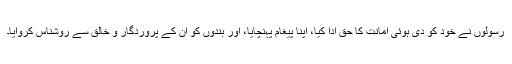
رسولوں نے خود کو دی ہوئی امانت کا حق ادا کیا، اپنا پیغام پہنچایا، اور بندوں کو ان کے پروردگار و خالق سے روشناس کروایا۔